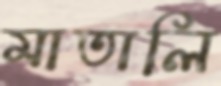
মাতালি